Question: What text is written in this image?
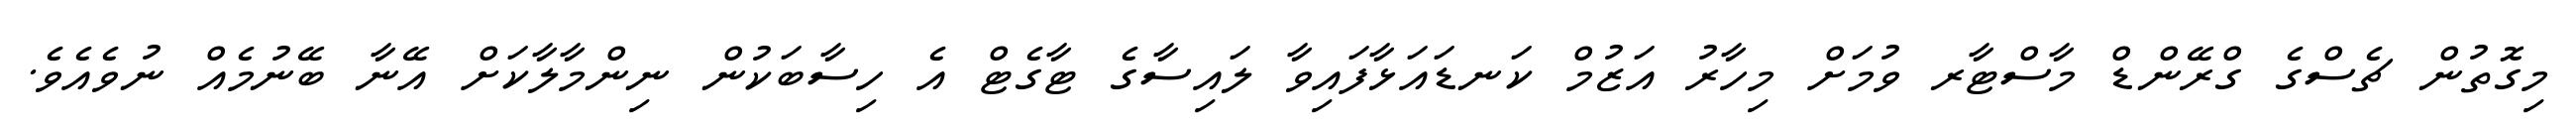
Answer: މިގޮތުން ޗެސްގެ ގްރޭންޑް މާސްޓާރ ވުމަށް މިހާރު އަޒުމް ކަނޑައަޅާފައިވާ ލައިސާގެ ޓާގެޓް އެ ހިސާބަކުން ނިންމާލާކަށް އޭނާ ބޭނުމެއް ނުވެއެވެ.